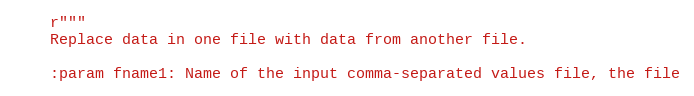
Language: Python
    r"""
    Replace data in one file with data from another file.

    :param fname1: Name of the input comma-separated values file, the file